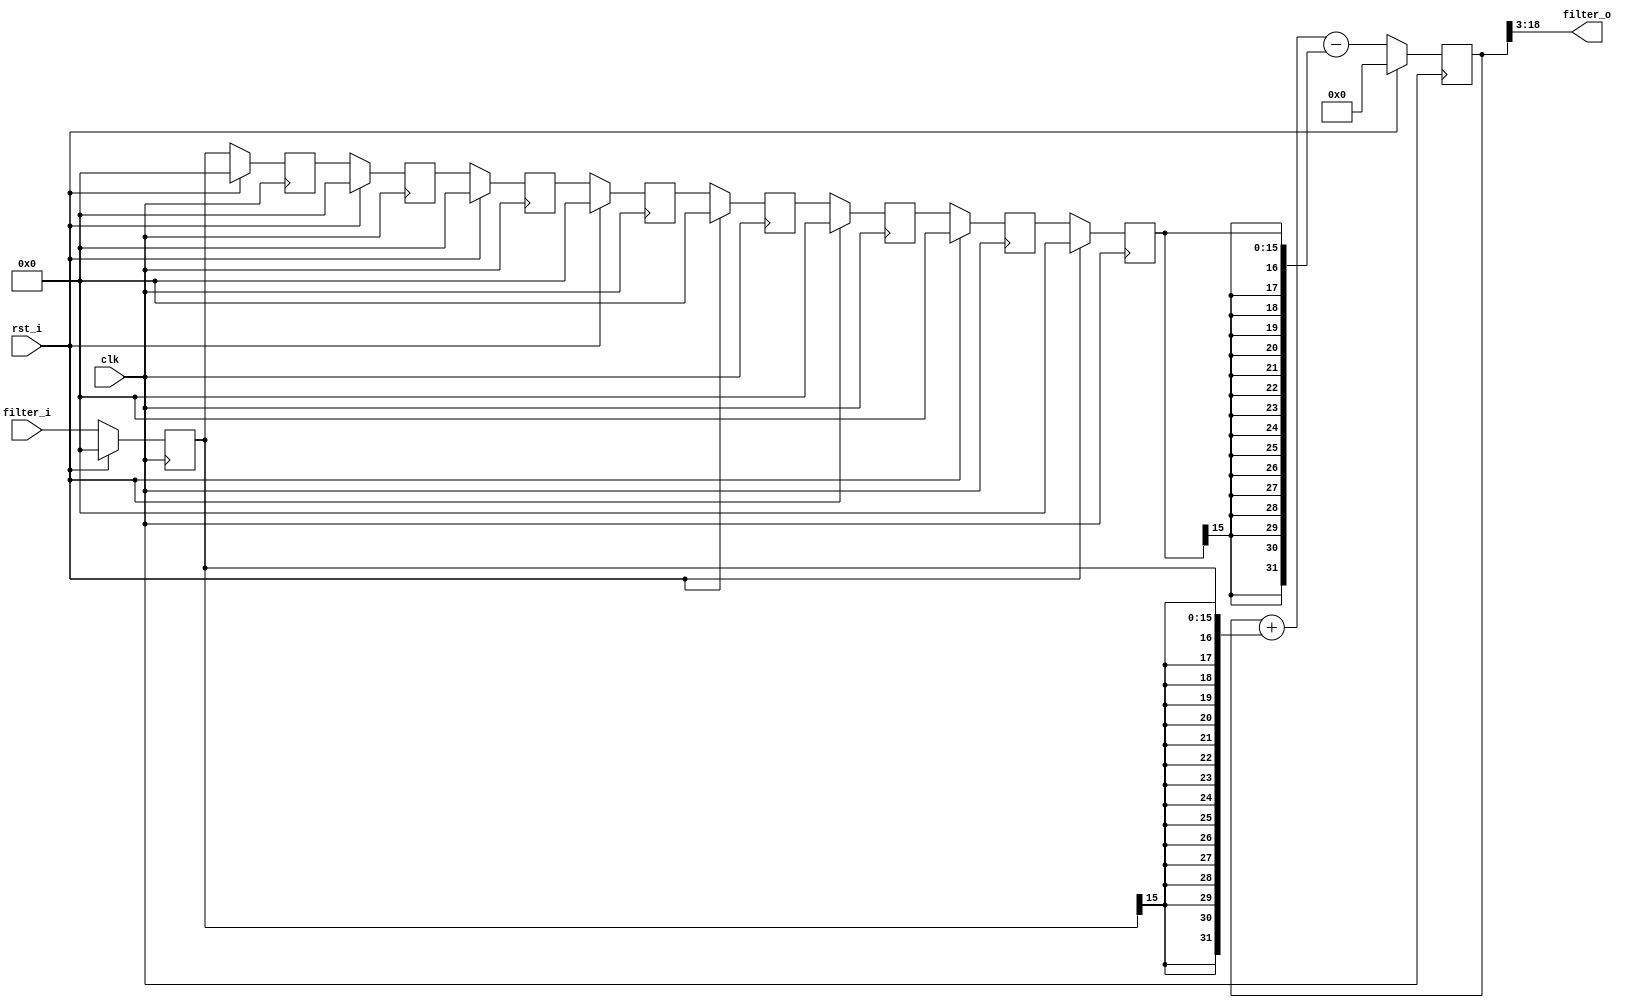
`timescale 1 ns / 1 ns
 
 
  module filter_FIR
 #(
 parameter BW = 16// optional parameter
 ) (
 // define I /O  s of the module
 input wire clk , // clock
 input wire rst_i , // reset
 input wire signed [BW-1:0] filter_i, //input
 output wire signed [ BW-1:0] filter_o
 );

 // start the module implementation
 //the module can be set to implement a moving average or a more general FIR filter
 reg signed [BW-1:0] d0, d1, d2, d3, d4, d5, d6, d7, d8;   //shift register
 //reg signed [2*BW-1:0] mul0, mul1, mul2, mul3, mul4, mul5, mul6, mul7, mul8;   
 //wire signed [BW-1:0] b0, b1, b2, b3, b4, b5, b6, b7, b8;
 reg signed [2*BW-1:0] sum;
 wire signed [2*BW-1:0] sum_shift;

 // assign values to the filter constants
 //assign b0 = $signed(8'b00000001);
 //assign b1 = $signed(8'b00000001);
 //assign b2 = $signed(8'b00000001);
 //assign b3 = $signed(8'b00000001);
 //assign b4 = $signed(8'b00000001);
 //assign b5 = $signed(8'b00000001);
 //assign b6 = $signed(8'b00000001);
 //assign b7 = $signed(8'b00000001);

 
 always @ ( posedge clk ) begin
 // gets active always when a positive edge of the clock signal occours
 if ( rst_i == 1'b1 ) begin // if reset is enabled
  //set all registers to 0 when reset is enabled
  d0 <= { BW {1'b0 }};
  d1 <= { BW {1'b0 }};
  d2 <= { BW {1'b0 }};
  d3 <= { BW {1'b0 }};
  d4 <= { BW {1'b0 }};
  d5 <= { BW {1'b0 }};
  d6 <= { BW {1'b0 }};
  d7 <= { BW {1'b0 }};
  d8 <= { BW {1'b0 }};
  end else begin
  //shifting the values from one register to the next, forming a shift register 
  d0 <= filter_i; //the input value is assigned to the first register, every clock cycle
  d1 <= d0;
  d2 <= d1;
  d3 <= d2;
  d4 <= d3;
  d5 <= d4;
  d6 <= d5;
  d7 <= d6;
  d8 <= d7;
  end
 end
 
 //optional section to turn the moving average filter into a more general FIR filter
 // always @ ( posedge clk_i ) begin
 // gets active always when a positive edge of the clock signal occours
 //if ( rst_i == 1'b1 ) begin
 // if reset is enabled
 // mul0 <= {2*BW {1'b0}};
 // mul1 <= {2*BW {1'b0}};
 // mul2 <= {2*BW {1'b0}};
 // mul3 <= {2*BW {1'b0}};
 // mul4 <= {2*BW {1'b0}};
 // mul5 <= {2*BW {1'b0}};
 // mul6 <= {2*BW {1'b0}};
 // mul7 <= {2*BW {1'b0}};

 // end else begin
  //multiply the register values with the filter constants
 // mul0 <= d0*b0;
 // mul1 <= d1*b1;
 // mul2 <= d2*b2;
 // mul3 <= d3*b3;
 // mul4 <= d4*b4;
 // mul5 <= d5*b5;
 // mul6 <= d6*b6;
 // mul7 <= d7*b7;

  //end
 //end

  always @ ( posedge clk ) begin
  // gets active always when a positive edge of the clock signal occours
  if (rst_i == 1'b1) begin
   sum <= {2*BW {1'b0}};
   end else begin
   //sum <= mul0 + mul1 + mul2 + mul3 + mul4 + mul5 + mul6 + mul7;
   //since all the samples saved in the registered are equally weighted, the summing up of samples can be optimized to:
   sum <= sum + {{BW{d0[BW-1]}}, d0} - {{BW{d8[BW-1]}}, d8}; //the input sample is added to the sum while the last sample in the shift register is subtracted. The register values are padded for the correct bit width.
   end
  end
  
 assign sum_shift = sum >>> (3); //shifting the sum of the sample values by 3, which equals a division by 8
 assign filter_o = sum_shift[BW-1:0]; //truncating the sum vector to bit width BW and assigning the shifted sum to the filter output
  
 endmodule //filter